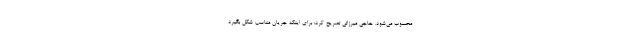
محسوب می‌شود. حاجی میرزائی تصریح کرد: برای اینکه جریان مناسب شکل بگیرد